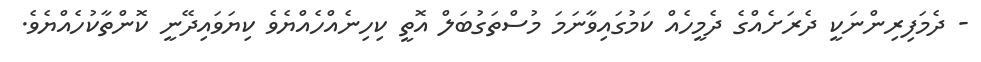
- ދެމަފިރިންނަކީ ދެރަށެއްގެ ދެމީހެއް ކަމުގައިވާނަމަ މުސްތަގުބަލް އޮތީ ކިހިނެއްހެއްޔެވެ ކިޔަވައިދޭނީ ކޮންތާކުހެއްޔެވެ.